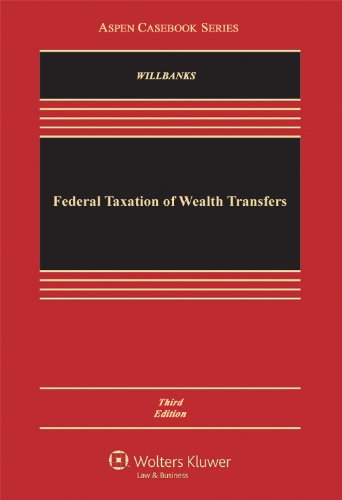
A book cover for Federal Taxation of Wealth Transfers, Third Edition (Aspen Casebook); Stephanie J. Willbanks; Law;